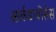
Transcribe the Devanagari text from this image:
आर्कडायोसेस